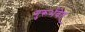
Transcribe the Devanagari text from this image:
गुरूर्भवेत्